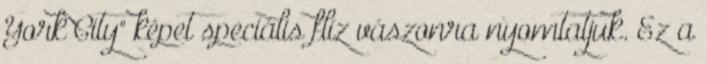
York City" képet speciális flíz vászonra nyomtatjuk. Ez a